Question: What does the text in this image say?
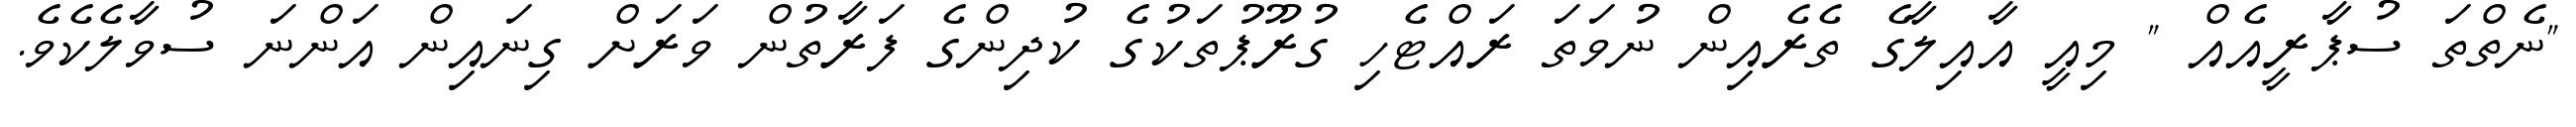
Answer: "ނެތްތަ ސުޕާރީއެއް " މިއީ އާއިލާގެ ތެރެއިން ނުވަތަ ރައްޓެހި ގުރޫޕުތަކުގެ ކުދިންގެ ފަރާތުން ވަރަށް ގިނައިން އަންނަ ސުވާލެކެވެ.